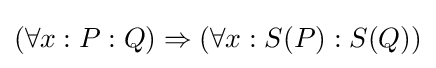
(\forall x:P:Q)\Rightarrow (\forall x:S(P):S(Q))